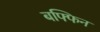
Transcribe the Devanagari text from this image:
बफ्फिन